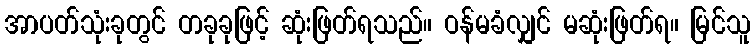
အာပတ်သုံးခုတွင် တခုခုဖြင့် ဆုံးဖြတ်ရသည်။ ဝန်မခံလျှင် မဆုံးဖြတ်ရ။ မြင်သူ